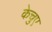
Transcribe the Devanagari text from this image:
केचुए